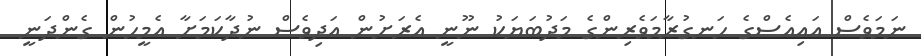
ނަމަވެސް އައިއެސްގެ ހަނގުރާމަވެރިންގެ މަދުބަޔަކު ނޫނީ އެރަށުން އަދިވެސް ނުދާކަމަށާ އެމީހުން ގެންދަނީ